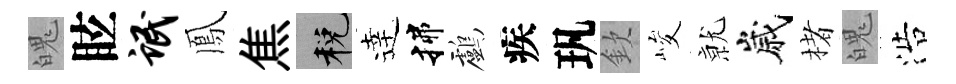
魄眩氓鳳焦税逹揲鸕疾㺬欽峻𭕒嵗楮魄浩